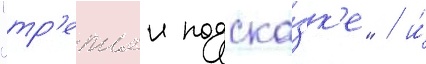
"тр'етьеи подска́зк'е" / и́